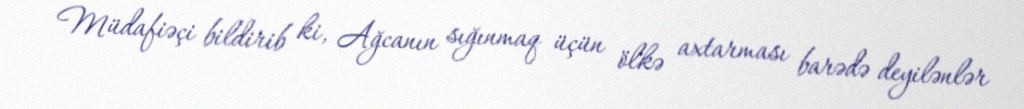
Müdafiəçi bildirib ki, Ağcanın sığınmaq üçün ölkə axtarması barədə deyilənlər